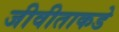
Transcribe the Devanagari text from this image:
जीवीताकडे